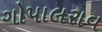
ગોપાલરાવ